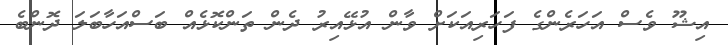
އިޝޫ ވެސް އަހަރެންގެ ފަހަރިއަކަށް ވާން އުޅޭއިރު ދެން ތަންކޮޅެއް ބަސްއަހާބަލަ ދޮންބެ